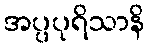
အပ္ပပုရိသာနိ